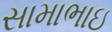
સામાભાઇ